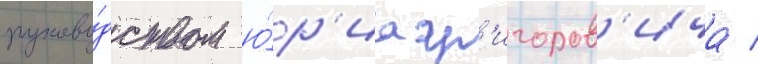
руково́дством ю́р'иа гр'игоров'ича /